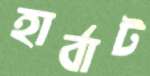
হার্বাট